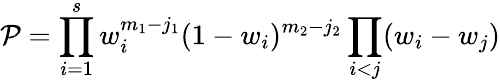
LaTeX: {\cal P}=\prod_{i=1}^{s}w_{i}^{m_{1}-j_{1}}(1-w_{i})^{m_{2}-j_{2}}\prod_{i<j}(w_{i}-w_{j})